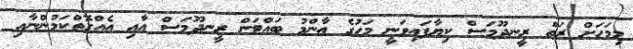
މިމަހަށް ރަތް ރީނދޫމަސް ކިޔާފައިވަނީ މަހުގެ ޢާންމު ބައްޓަން ރީނދޫމަސް އާއި އެެއްގޮތްކަމުންނާއި